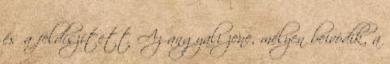
és a feldíszített Az angyali zene, mélyen beivódik, a